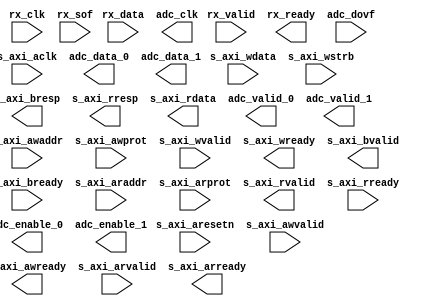
module ad9680_core (
		input  wire         s_axi_aclk,    // s_axi_clock.clk
		input  wire         s_axi_aresetn, // s_axi_reset.reset_n
		input  wire         s_axi_awvalid, //       s_axi.awvalid
		input  wire [15:0]  s_axi_awaddr,  //            .awaddr
		input  wire [2:0]   s_axi_awprot,  //            .awprot
		output wire         s_axi_awready, //            .awready
		input  wire         s_axi_wvalid,  //            .wvalid
		input  wire [31:0]  s_axi_wdata,   //            .wdata
		input  wire [3:0]   s_axi_wstrb,   //            .wstrb
		output wire         s_axi_wready,  //            .wready
		output wire         s_axi_bvalid,  //            .bvalid
		output wire [1:0]   s_axi_bresp,   //            .bresp
		input  wire         s_axi_bready,  //            .bready
		input  wire         s_axi_arvalid, //            .arvalid
		input  wire [15:0]  s_axi_araddr,  //            .araddr
		input  wire [2:0]   s_axi_arprot,  //            .arprot
		output wire         s_axi_arready, //            .arready
		output wire         s_axi_rvalid,  //            .rvalid
		output wire [1:0]   s_axi_rresp,   //            .rresp
		output wire [31:0]  s_axi_rdata,   //            .rdata
		input  wire         s_axi_rready,  //            .rready
		input  wire         rx_clk,        //   if_rx_clk.clk
		input  wire [3:0]   rx_sof,        //   if_rx_sof.export
		input  wire [127:0] rx_data,       //  if_rx_data.data
		input  wire         rx_valid,      //            .valid
		output wire         rx_ready,      //            .ready
		output wire         adc_clk,       //  if_adc_clk.clk
		output wire         adc_enable_0,  //    adc_ch_0.enable
		output wire         adc_valid_0,   //            .valid
		output wire [63:0]  adc_data_0,    //            .data
		output wire         adc_enable_1,  //    adc_ch_1.enable
		output wire         adc_valid_1,   //            .valid
		output wire [63:0]  adc_data_1,    //            .data
		input  wire         adc_dovf       // if_adc_dovf.ovf
	);
endmodule